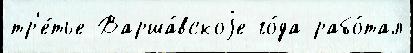
тр'е́тье Варша́вскоjе го́да рабо́тал